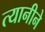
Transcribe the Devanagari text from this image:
त्यानीने